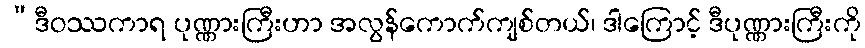
“ဒီဝဿကာရ ပုဏ္ဏားကြီးဟာ အလွန်ကောက်ကျစ်တယ်၊ ဒါကြောင့် ဒီပုဏ္ဏားကြီးကို